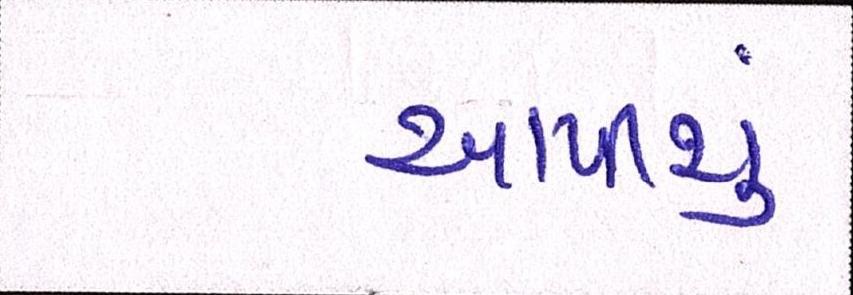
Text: આપીશું